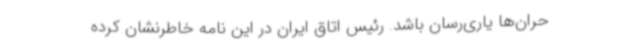
حران‌ها یاری‌رسان باشد. رئیس اتاق ایران در این نامه خاطرنشان کرده